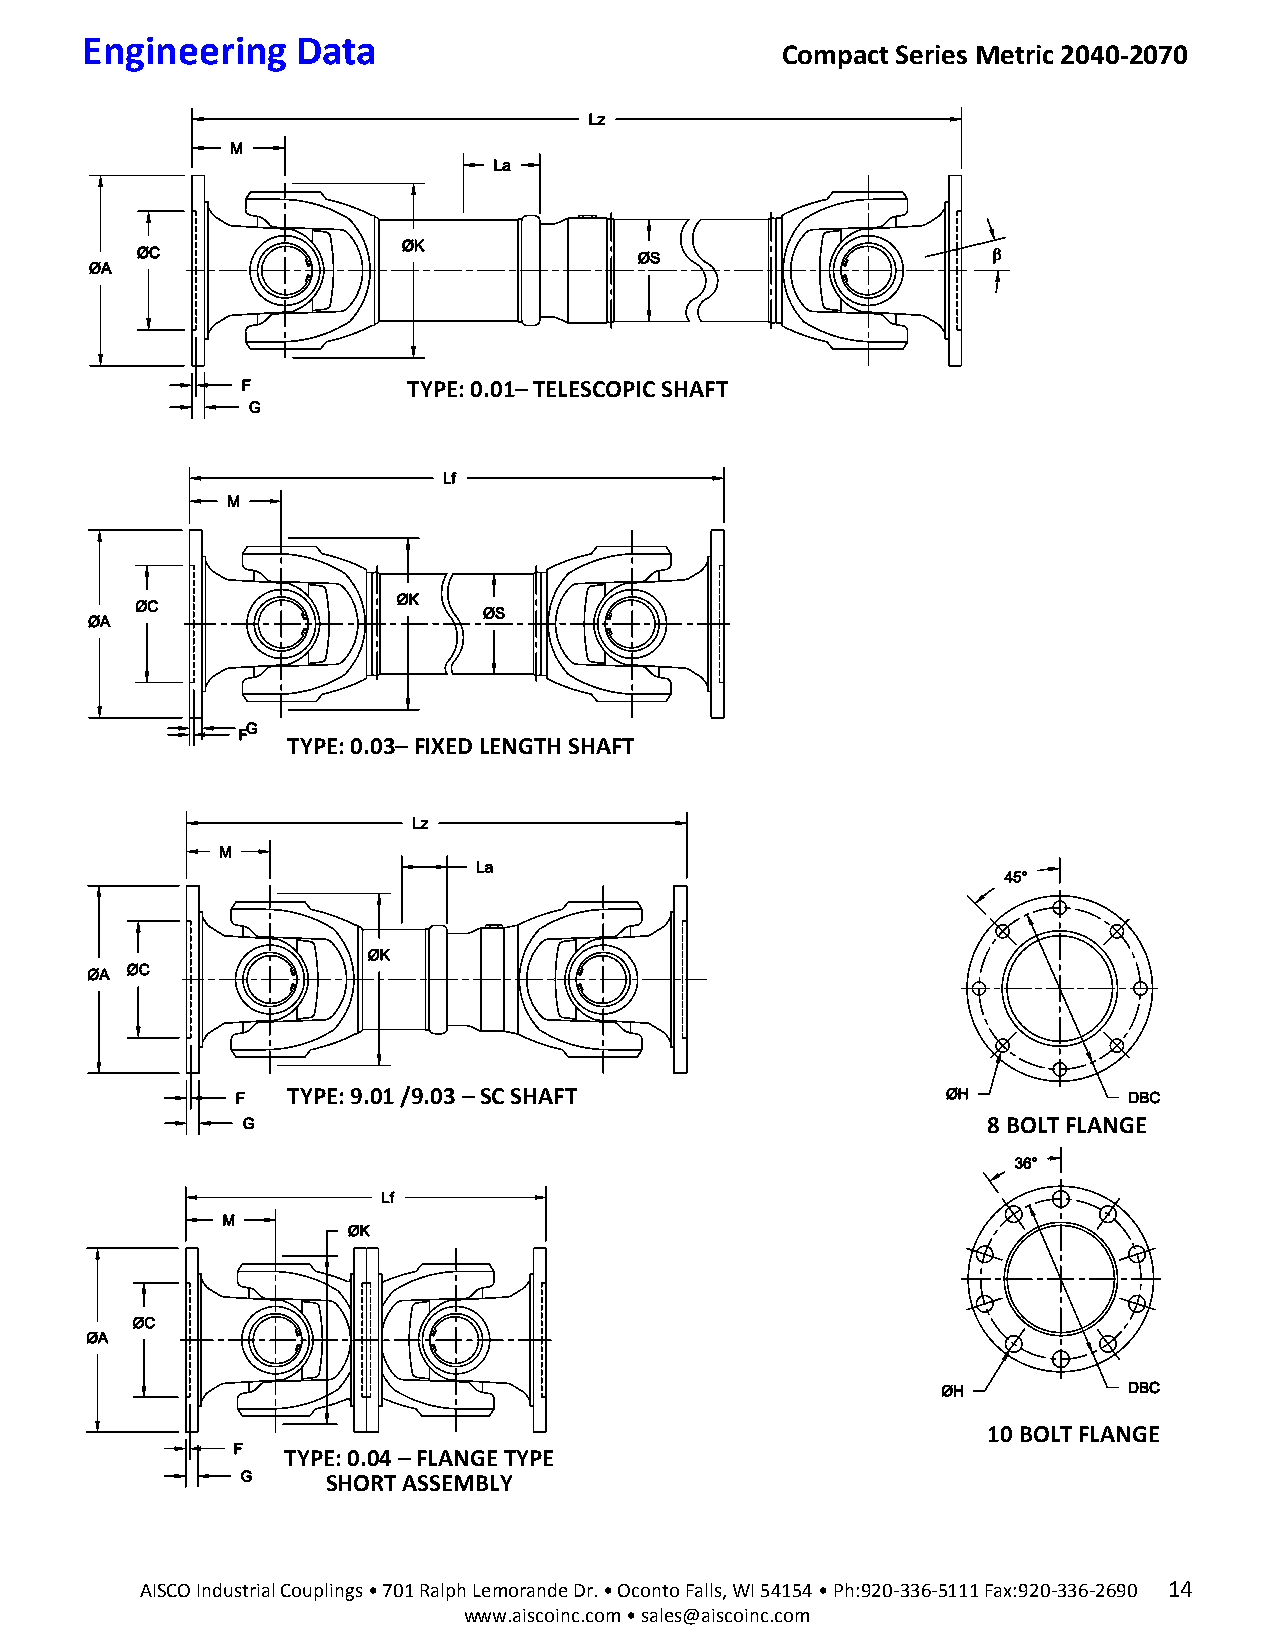
Engineering    Data
 Compact Series Metric 2040-2070
 TYPE: 0.01– TELESCOPIC SHAFT
 TYPE: 0.03– FIXED LENGTH SHAFT
 TYPE: 9.01 /9.03 – SC SHAFT
 8 BOLT FLANGE
 10 BOLT FLANGE
 TYPE: 0.04 – FLANGE TYPE
 SHORT ASSEMBLY
 AISCO Industrial Couplings • 701 Ralph Lemorande Dr. • Oconto Falls, WI 54154 • Ph:920-336-5111 Fax:920-336-2690 14
 www.aiscoinc.com • sales@aiscoinc.com